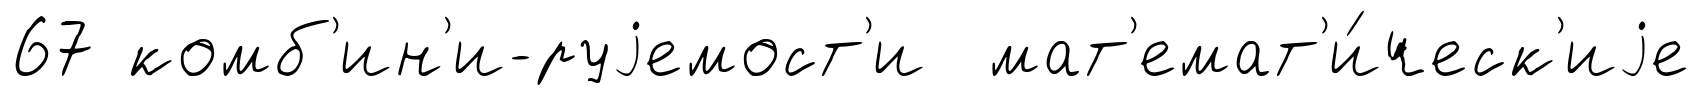
67 комб'ин'и-руjемост'и мат'емат'и́ческ'иjе